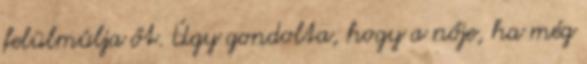
felülmúlja őt. Úgy gondolta, hogy a nője, ha még